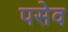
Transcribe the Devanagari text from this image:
पसेव